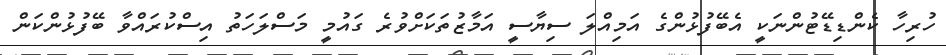
ހުރިހާ ކެންޑިޑޭޓުންނަކީ އެބޭފުޅުންގެ އަމިއްލަ ސިޔާސީ އަމާޒުތަކަށްވުރެ ގައުމީ މަސްލަހަތު އިސްކުރައްވާ ބޭފުޅުންކަން